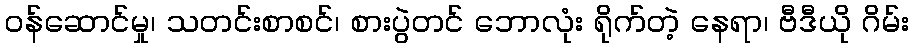
ဝန်ဆောင်မှု၊ သတင်းစာစင်၊ စားပွဲတင် ဘောလုံး ရိုက်တဲ့ နေရာ၊ ဗီဒီယို ဂိမ်း